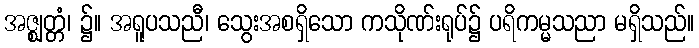
အဇ္ဈတ္တံ၊ ၌။ အရူပသညီ၊ သွေးအစရှိသော ကသိုဏ်းရုပ်၌ ပရိကမ္မသညာ မရှိသည်။